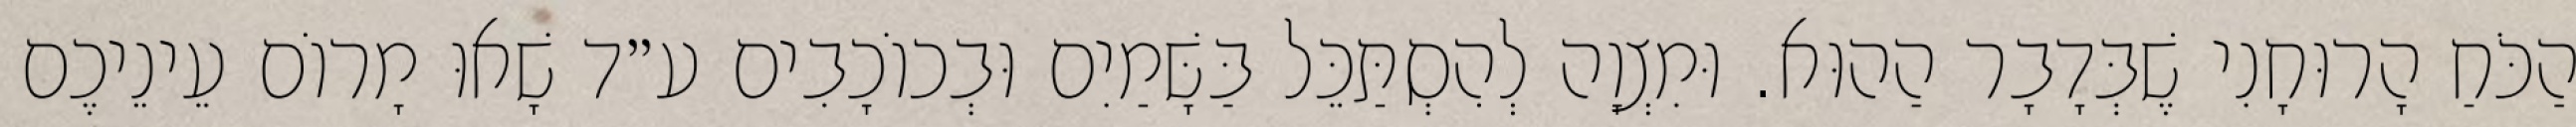
הַכֹּחַ הָרוּחָנִי שֶׁבְּדָבָר הַהוּא. וּמִצְוָה לְהִסְתַּכֵּל בַּשָּׁמַיִם וּבְכוֹכָבִים ע״ד שָׁאוּ מָרוֹם עֵינֵיכֶם